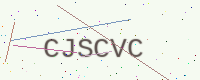
Text: CJSCVC